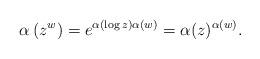
LaTeX: \begin{align*}\alpha\left(z^w \right) = e^{ \alpha\left(\log z \right) \alpha(w)} = \alpha(z)^{\alpha(w)}. \end{align*}